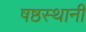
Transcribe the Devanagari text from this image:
षष्ठस्थानी